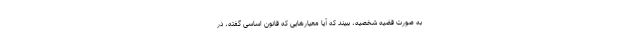
به صورت قضیه شخصیه، ببیند که آیا معیارهایی که قانون اساسی گفته، در